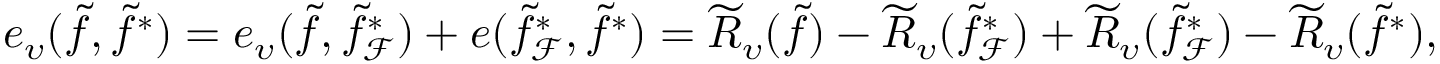
\begin{array} { r } { e _ { \upsilon } ( \widetilde { f } , \widetilde { f } ^ { * } ) = e _ { \upsilon } ( \widetilde { f } , \widetilde { f } _ { \mathcal { F } } ^ { * } ) + e ( \widetilde { f } _ { \mathcal { F } } ^ { * } , \widetilde { f } ^ { * } ) = \widetilde { R } _ { \upsilon } ( \widetilde { f } ) - \widetilde { R } _ { \upsilon } ( \widetilde { f } _ { \mathcal { F } } ^ { * } ) + \widetilde { R } _ { \upsilon } ( \widetilde { f } _ { \mathcal { F } } ^ { * } ) - \widetilde { R } _ { \upsilon } ( \widetilde { f } ^ { * } ) , } \end{array}